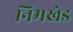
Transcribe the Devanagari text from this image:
निमखेड